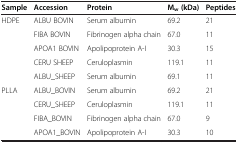
| Sample | Accession | Protein | Mw (kDa) | Peptides |
 | --- | --- | --- | --- | --- |
 | <ROWSPAN=5> HDPE | ALBU BOVIN | Serum albumin | 69.2 | 21 |
 | FIBA BOVIN | Fibrinogen alpha chain | 67.0 | 11 |
 | APOA1 BOVIN | Apolipoprotein A-I | 30.3 | 15 |
 | CERU SHEEP | Ceruloplasmin | 119.1 | 11 |
 | ALBU_SHEEP | Serum albumin | 69.1 | 11 |
 | <ROWSPAN=4> PLLA | ALBU_BOVIN | Serum albumin | 69.2 | 21 |
 | CERU_SHEEP | Ceruloplasmin | 119.1 | 11 |
 | FIBA_BOVIN | Fibrinogen alpha chain | 67.0 | 9 |
 | APOA1_BOVIN | Apolipoprotein A-I | 30.3 | 10 |